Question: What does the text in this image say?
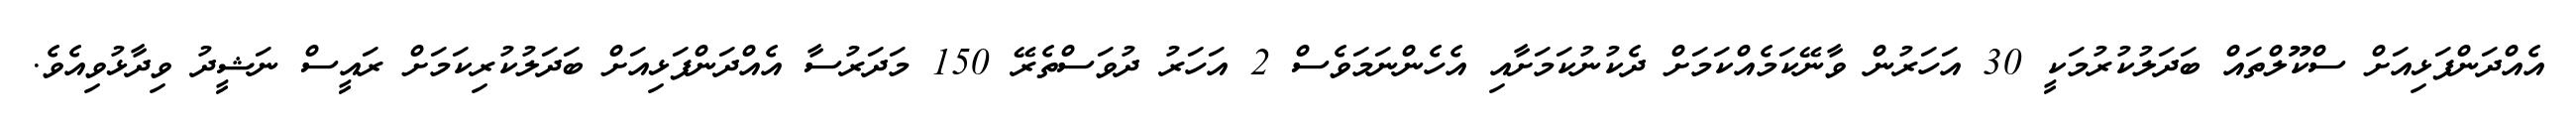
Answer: އެއްދަންފަޅިއަށް ސްކޫލްތައް ބަދަލުކުރުމަކީ 30 އަހަރުން ވާނޭކަމެއްކަމަށް ދެކުނުކަމަށާއި އެހެންނަމަވެސް 2 އަހަރު ދުވަސްތެރޭ 150 މަދަރުސާ އެއްދަންފަޅިއަށް ބަދަލުކުރިކަމަށް ރައީސް ނަޝީދު ވިދާޅުވިއެވެ.